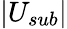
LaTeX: |U_{sub}|